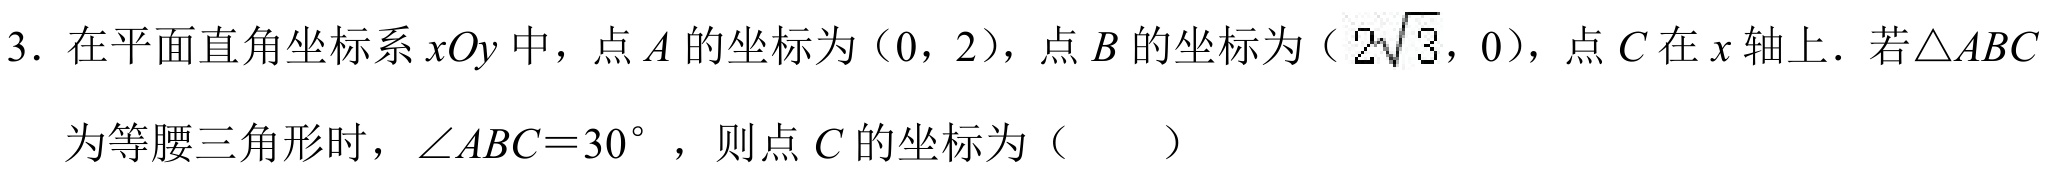
3. 在平面直角坐标系\(xOy\)中，点\(A\)的坐标为\((0,2)\)，点\(B\)的坐标为\((2\sqrt{3},0)\)，点\(C\)在\(x\)轴上．若\(\triangle ABC\)为等腰三角形时，\(\angle ABC = 30^{\circ}\)，则点\(C\)的坐标为（  ）